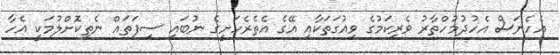
އެހެނަސް އެހުދުމުހްތާރު ވެރިކަމުގެ ވިއުގަތަކާއި އޭގެ އެތެރެހަށީގެ ނުބައި ސިފަތައް ނެތިކޮށްލުމަކީ އެހާ